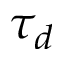
\tau _ { d }